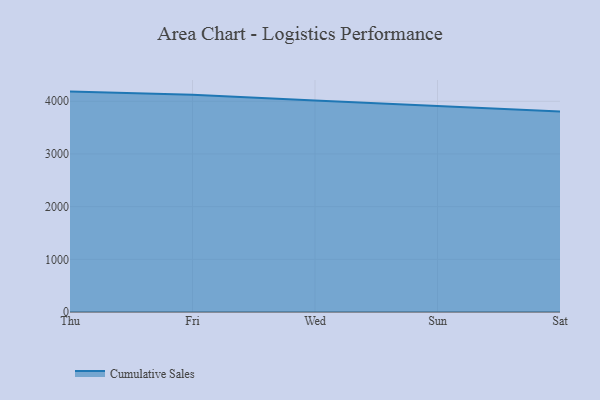
{"axis": {"x": "Day", "y": "Gross Profit (USD K)"}, "legend": ["Cumulative Sales"], "data": [{"x": "Thu", "y": 4183.6, "type": "Cumulative Sales"}, {"x": "Fri", "y": 4122.2, "type": "Cumulative Sales"}, {"x": "Wed", "y": 4014.9, "type": "Cumulative Sales"}, {"x": "Sun", "y": 3903.5, "type": "Cumulative Sales"}, {"x": "Sat", "y": 3805.4, "type": "Cumulative Sales"}]}